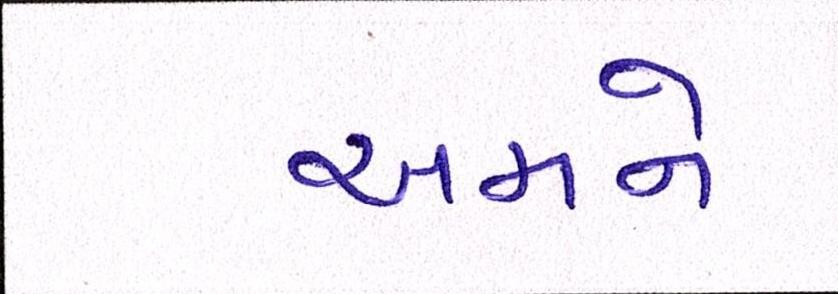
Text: અમને